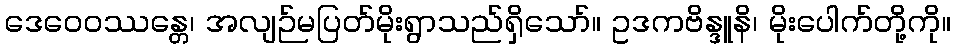
ဒေဝေဝဿန္တေ၊ အလျဉ်မပြတ်မိုးရွာသည်ရှိသော်။ ဥဒကဗိန္ဒူနိ၊ မိုးပေါက်တို့ကို။